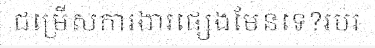
ជម្រើសការងារផ្សេងមែនទេ?របរ